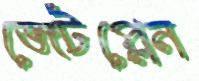
জেটপ্লেন